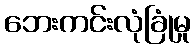
ဘေးကင်းလုံခြုံမှု